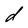
Character: d